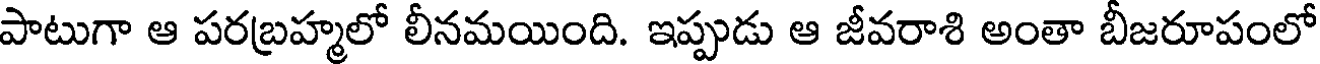
పాటుగా ఆ పరబ్రహ్మలో లీనమయింది. ఇప్పుడు ఆ జీవరాశి అంతా బీజరూపంలో